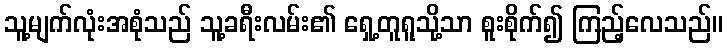
သူ့မျက်လုံးအစုံသည် သူ့ခရီးလမ်း၏ ရှေ့တူရူသို့သာ စူးစိုက်၍ ကြည့်လေသည်။